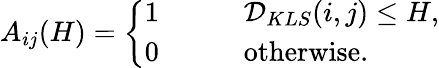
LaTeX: A_{ij}(H)=\left\{ \begin{array}{ll}{1\qquad}&{\mathcal{D}_{KLS}(i,j)\leq H,}\\ {0}&{\mathrm{otherwise}.}\end{array}\right.